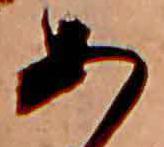
あ